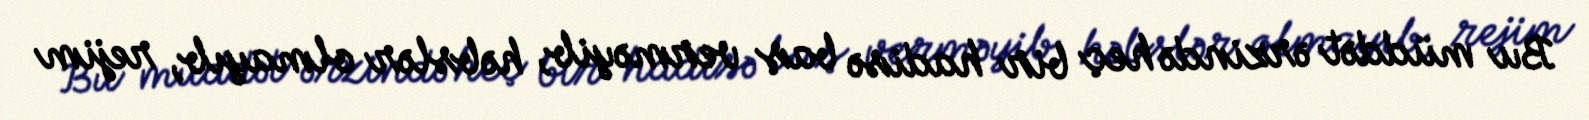
Bu müddət ərzində heç bir hadisə baş verməyib, həbslər olmayıb, rejim